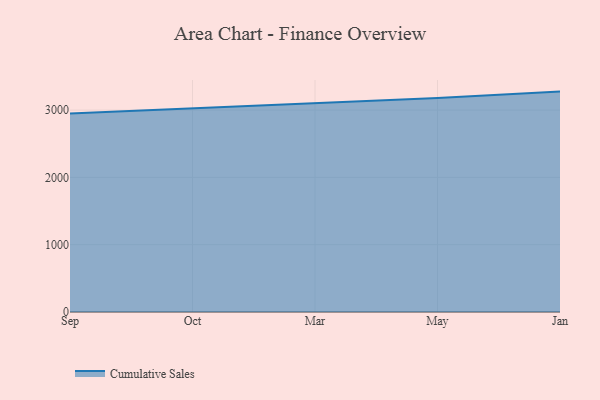
{"axis": {"x": "Month", "y": "Conversion Rate (%)"}, "legend": ["Cumulative Sales"], "data": [{"x": "Sep", "y": 2949.1, "type": "Cumulative Sales"}, {"x": "Oct", "y": 3026.0, "type": "Cumulative Sales"}, {"x": "Mar", "y": 3100.7, "type": "Cumulative Sales"}, {"x": "May", "y": 3179.0, "type": "Cumulative Sales"}, {"x": "Jan", "y": 3274.4, "type": "Cumulative Sales"}]}